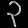
Digit: ၃